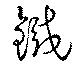
鉄